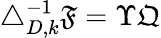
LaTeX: \begin{array}{r}{\triangle_{D,k}^{-1}\mathfrak{F}=\Upsilon\mathfrak{Q}}\end{array}